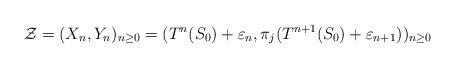
\begin{align*}\mathcal{Z} = (X_n, Y_n)_{n \geq 0} = (T^n(S_0) + \varepsilon_n, \pi_j(T^{n+1}(S_0) + \varepsilon_{n+1}))_{n \geq 0}\end{align*}